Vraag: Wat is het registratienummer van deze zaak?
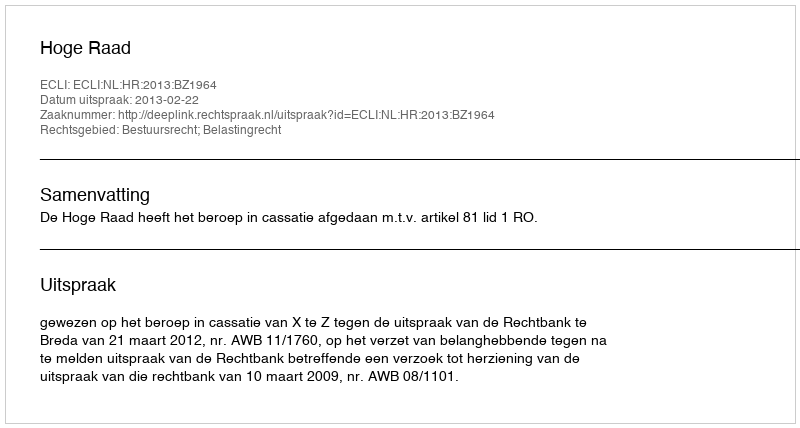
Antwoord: http://deeplink.rechtspraak.nl/uitspraak?id=ECLI:NL:HR:2013:BZ1964